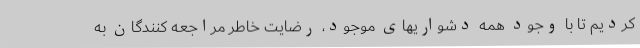
کردیم تا با وجود همه دشواریهای موجود، رضایت خاطر مراجعه کنندگان به